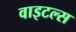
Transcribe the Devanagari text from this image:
वाइटल्स